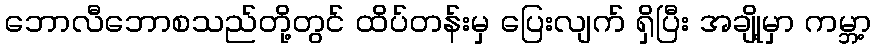
ဘောလီဘောစသည်တို့တွင် ထိပ်တန်းမှ ပြေးလျက် ရှိပြီး အချို့မှာ ကမ္ဘာ့